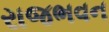
રાજભવન